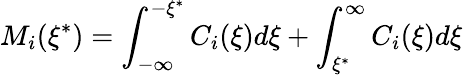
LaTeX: M_{i}(\xi^{*})=\int_{-\infty}^{-\xi^{*}}C_{i}(\xi)d\xi+\int_{\xi^{*}}^{\infty}C_{i}(\xi)d\xi